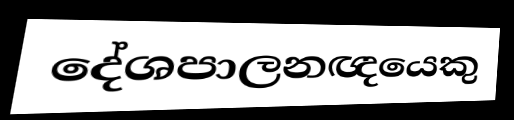
දේශපාලනඥයෙකු